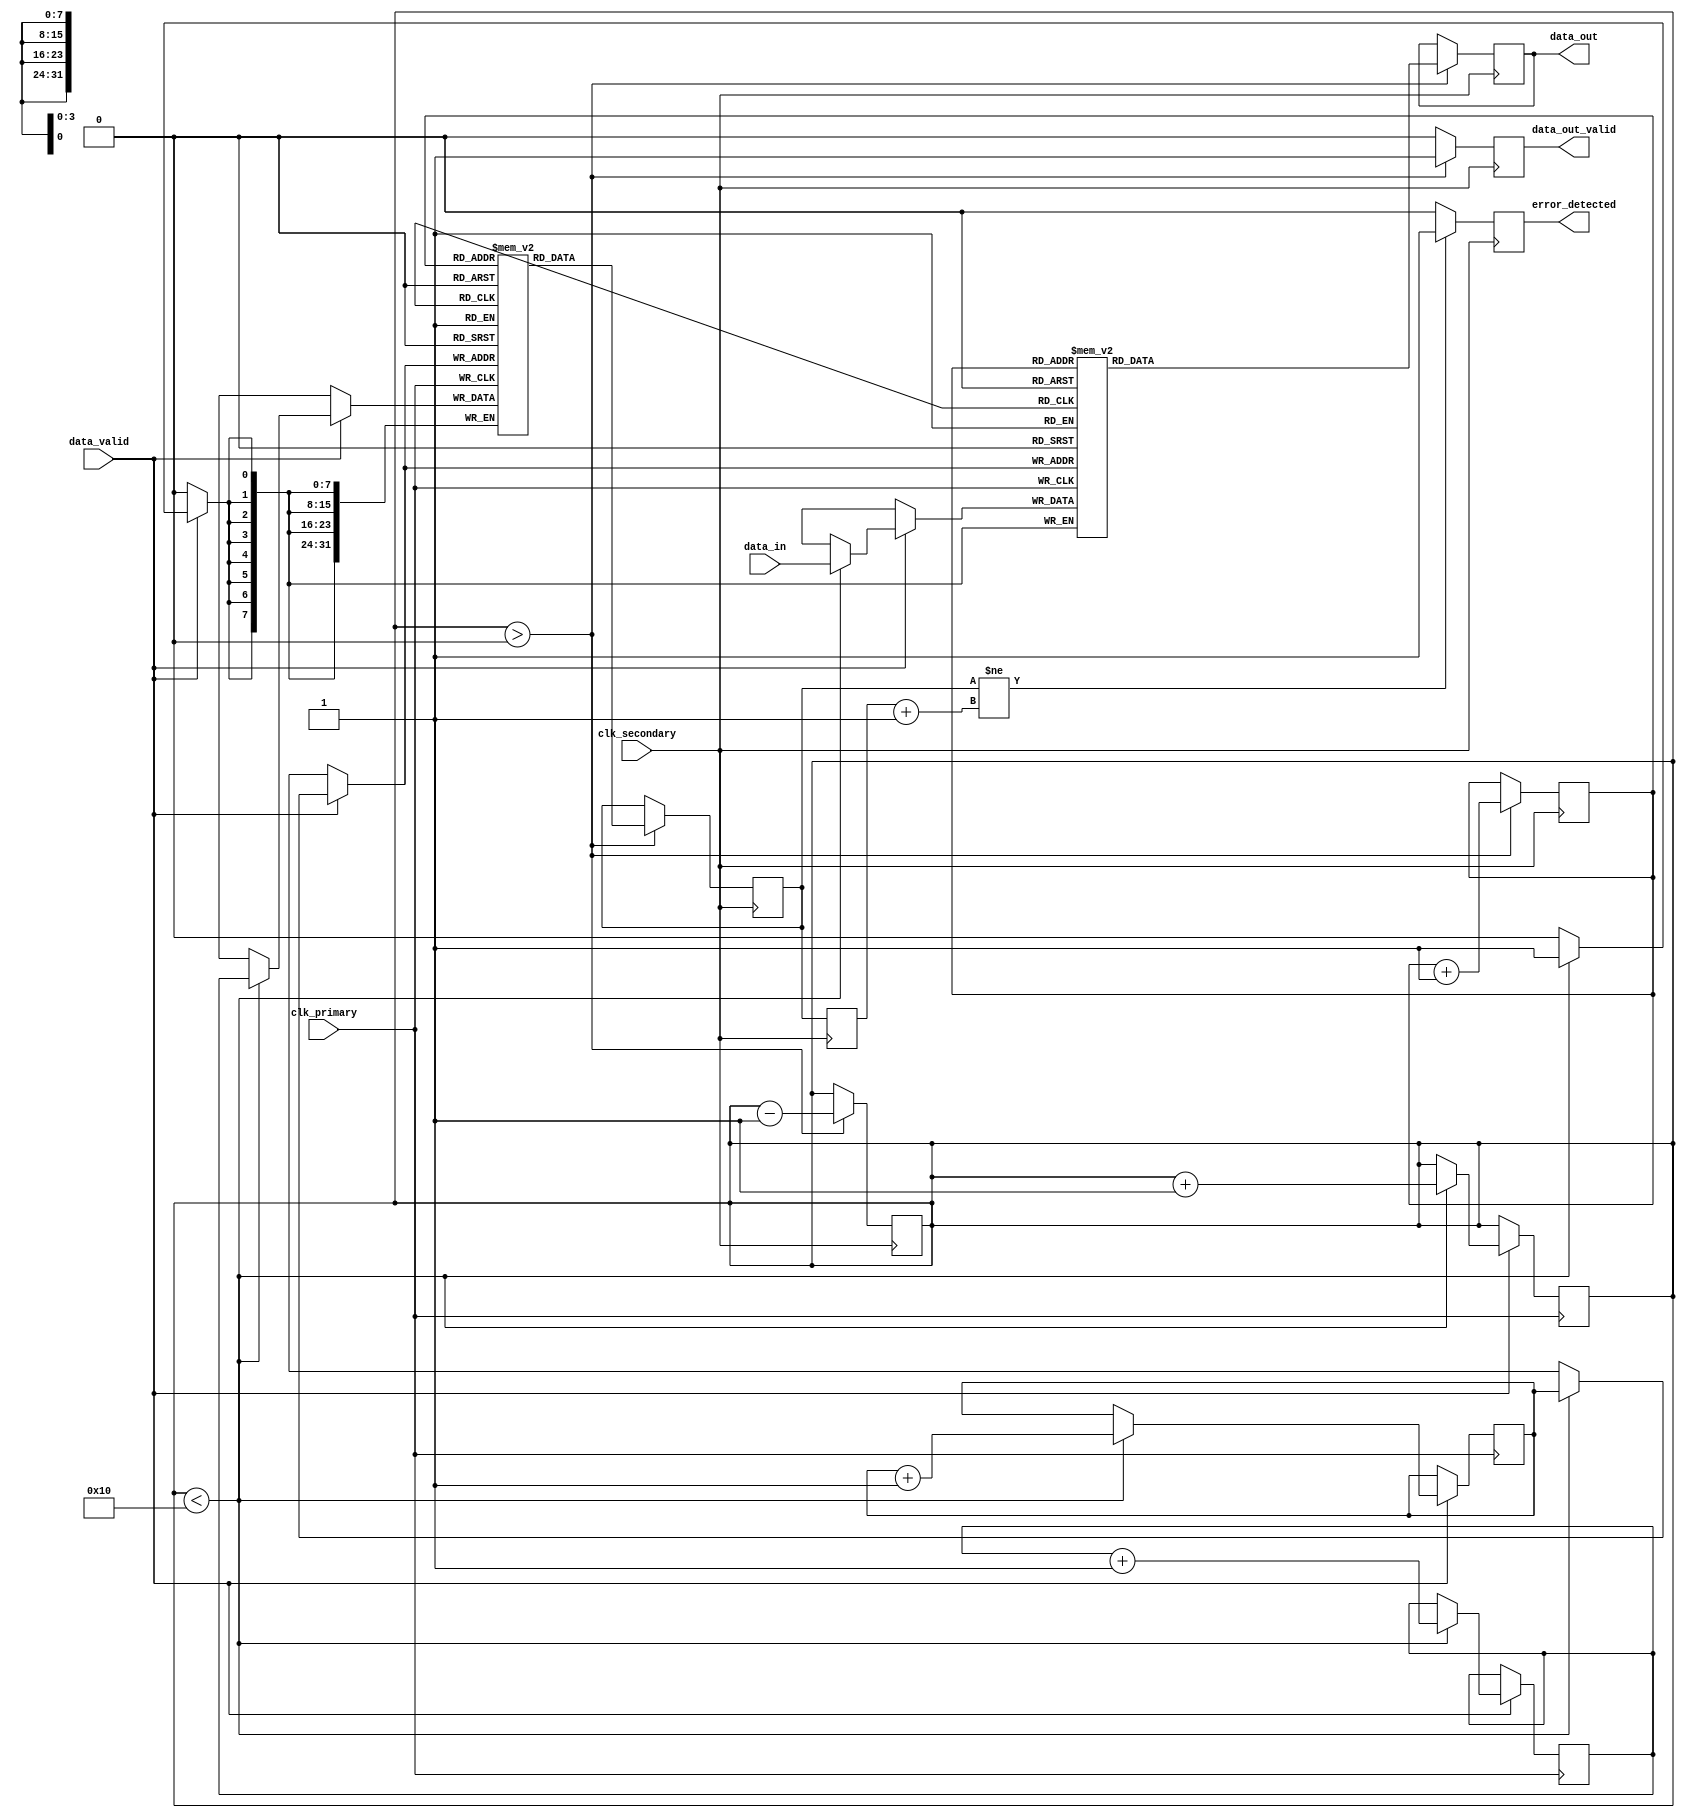
module TimeStampedSynchronizer #(
    parameter DATA_WIDTH = 8,
    parameter FIFO_DEPTH = 16
)(
    input wire clk_primary,          // Primary clock
    input wire clk_secondary,        // Secondary clock
    input wire [DATA_WIDTH-1:0] data_in, // Input data from primary clock domain
    input wire data_valid,           // Data valid signal from primary clock domain
    output reg [DATA_WIDTH-1:0] data_out, // Output data to secondary clock domain
    output reg data_out_valid,       // Output valid signal for secondary clock domain
    output reg error_detected        // Error detection signal
);

    // Time-stamp counter
    reg [31:0] timestamp_counter;
    
    // FIFO buffer
    reg [DATA_WIDTH-1:0] fifo_data [0:FIFO_DEPTH-1];
    reg [31:0] fifo_timestamp [0:FIFO_DEPTH-1];
    reg [3:0] write_pointer;
    reg [3:0] read_pointer;
    reg [3:0] fifo_count;

    // Synchronization registers
    reg [1:0] sync_data_valid;
    reg [31:0] sync_timestamp;

    // Error detection logic
    reg [31:0] last_timestamp;
    
    // Write logic (Primary clock domain)
    always @(posedge clk_primary) begin
        if (data_valid) begin
            if (fifo_count < FIFO_DEPTH) begin
                fifo_data[write_pointer] <= data_in;
                fifo_timestamp[write_pointer] <= timestamp_counter;
                write_pointer <= write_pointer + 1;
                fifo_count <= fifo_count + 1;
                timestamp_counter <= timestamp_counter + 1; // Increment timestamp
            end
        end
    end

    // Read logic (Secondary clock domain)
    always @(posedge clk_secondary) begin
        if (fifo_count > 0) begin
            data_out <= fifo_data[read_pointer];
            sync_timestamp <= fifo_timestamp[read_pointer];
            data_out_valid <= 1'b1;
            read_pointer <= read_pointer + 1;
            fifo_count <= fifo_count - 1;
        end else begin
            data_out_valid <= 1'b0;
        end
        
        // Error detection
        if (sync_timestamp != last_timestamp + 1) begin
            error_detected <= 1'b1; // Error detected
        end else begin
            error_detected <= 1'b0; // No error
        end
        last_timestamp <= sync_timestamp; // Update last timestamp
    end

    // Synchronize data_valid signal
    always @(posedge clk_secondary) begin
        sync_data_valid <= {sync_data_valid[0], data_valid}; // 2-stage synchronization
    end

endmodule